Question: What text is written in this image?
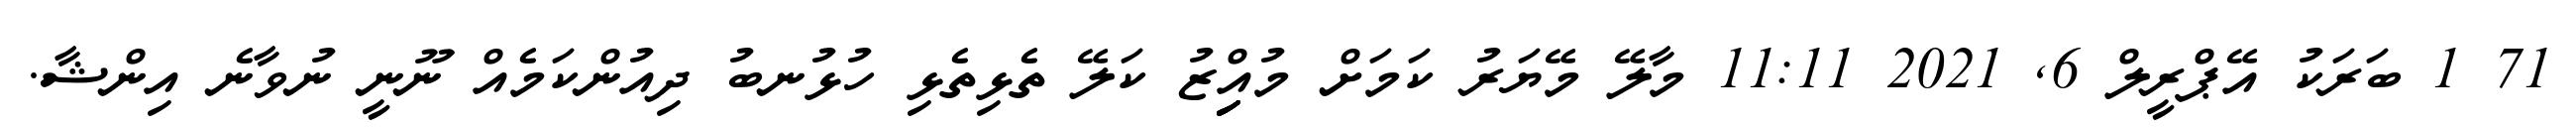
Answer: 71 1 ބަރަކު އޭޕްރީލް 6, 2021 11:11 މާލޭ މޭޔަރު ކަމަށް މުއިިިިިްޒު ކަލޭ ތެޅިތެޅި ހުޅުނބު ދިއުންކަމެއް ނޫނީ ނުވާނެ އިންޝާ.